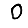
Digit: 0